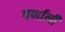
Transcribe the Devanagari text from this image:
पर्णाली